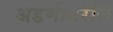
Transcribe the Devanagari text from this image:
अडणीवरील